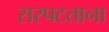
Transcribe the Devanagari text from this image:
सरपटताना